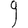
Digit: 9